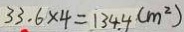
3 3 . 6 \times 4 = 1 3 4 . 4 ( m ^ { 2 } )